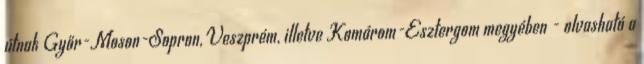
útnak Győr-Moson-Sopron, Veszprém, illetve Komárom-Esztergom megyében - olvasható a